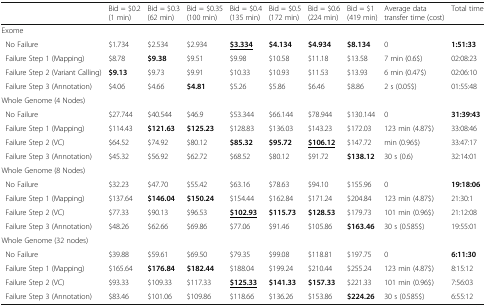
<table><thead><tr><td></td><td><b>Bid = $0.2 (1 min)</b></td><td><b>Bid = $0.3 (62 min)</b></td><td><b>Bid = $0.35 (100 min)</b></td><td><b>Bid = $0.4 (135 min)</b></td><td><b>Bid = $0.5 (172 min)</b></td><td><b>Bid = $0.6 (224 min)</b></td><td><b>Bid = $1 (419 min)</b></td><td><b>Average data transfer time (cost)</b></td><td><b>Total time</b></td></tr></thead><tbody><tr><td colspan="10">Exome</td></tr><tr><td> No Failure</td><td>$1.734</td><td>$2.534</td><td>$2.934</td><td><b><underline>$3.334</underline></b></td><td><b>$4.134</b></td><td><b>$4.934</b></td><td><b>$8.134</b></td><td>0</td><td><b>1:51:33</b></td></tr><tr><td> Failure Step 1 (Mapping)</td><td>$8.78</td><td><b>$9.38</b></td><td>$9.51</td><td>$9.98</td><td>$10.58</td><td>$11.18</td><td>$13.58</td><td>7 min (0.6$)</td><td>02:08:23</td></tr><tr><td> Failure Step 2 (Variant Calling)</td><td><b>$9.13</b></td><td>$9.73</td><td>$9.91</td><td>$10.33</td><td>$10.93</td><td>$11.53</td><td>$13.93</td><td>6 min (0.47$)</td><td>02:06:10</td></tr><tr><td> Failure Step 3 (Annotation)</td><td>$4.06</td><td>$4.66</td><td><b>$4.81</b></td><td>$5.26</td><td>$5.86</td><td>$6.46</td><td>$8.86</td><td>2 s (0.05$)</td><td>01:55:48</td></tr><tr><td colspan="10">Whole Genome (4 Nodes)</td></tr><tr><td> No Failure</td><td>$27.744</td><td>$40.544</td><td>$46.9</td><td>$53.344</td><td>$66.144</td><td>$78.944</td><td>$130.144</td><td>0</td><td><b>31:39:43</b></td></tr><tr><td> Failure Step 1 (Mapping)</td><td>$114.43</td><td><b>$121.63</b></td><td><b>$125.23</b></td><td>$128.83</td><td>$136.03</td><td>$143.23</td><td>$172.03</td><td>123 min (4.87$)</td><td>33:08:46</td></tr><tr><td> Failure Step 2 (VC)</td><td>$64.52</td><td>$74.92</td><td>$80.12</td><td><b>$85.32</b></td><td><b>$95.72</b></td><td><b><underline>$106.12</underline></b></td><td>$147.72</td><td>min (0.96$)</td><td>33:47:17</td></tr><tr><td> Failure Step 3 (Annotation)</td><td>$45.32</td><td>$56.92</td><td>$62.72</td><td>$68.52</td><td>$80.12</td><td>$91.72</td><td><b>$138.12</b></td><td>30 s (0.6)</td><td>32:14:01</td></tr><tr><td colspan="10">Whole Genome (8 Nodes)</td></tr><tr><td> No Failure</td><td>$32.23</td><td>$47.70</td><td>$55.42</td><td>$63.16</td><td>$78.63</td><td>$94.10</td><td>$155.96</td><td>0</td><td><b>19:18:06</b></td></tr><tr><td> Failure Step 1 (Mapping)</td><td>$137.64</td><td><b>$146.04</b></td><td><b>$150.24</b></td><td>$154.44</td><td>$162.84</td><td>$171.24</td><td>$204.84</td><td>123 min (4.87$)</td><td>21:30:1</td></tr><tr><td> Failure Step 2 (VC)</td><td>$77.33</td><td>$90.13</td><td>$96.53</td><td><b><underline>$102.93</underline></b></td><td><b>$115.73</b></td><td><b>$128.53</b></td><td>$179.73</td><td>101 min (0.96$)</td><td>21:12:08</td></tr><tr><td> Failure Step 3 (Annotation)</td><td>$48.26</td><td>$62.66</td><td>$69.86</td><td>$77.06</td><td>$91.46</td><td>$105.86</td><td><b>$163.46</b></td><td>30 s (0.585$)</td><td>19:55:01</td></tr><tr><td colspan="10">Whole Genome (32 nodes)</td></tr><tr><td> No Failure</td><td>$39.88</td><td>$59.61</td><td>$69.50</td><td>$79.35</td><td>$99.08</td><td>$118.81</td><td>$197.75</td><td>0</td><td><b>6:11:30</b></td></tr><tr><td> Failure Step 1 (Mapping)</td><td>$165.64</td><td><b>$176.84</b></td><td><b>$182.44</b></td><td>$188.04</td><td>$199.24</td><td>$210.44</td><td>$255.24</td><td>123 min (4.87$)</td><td>8:15:12</td></tr><tr><td> Failure Step 2 (VC)</td><td>$93.33</td><td>$109.33</td><td>$117.33</td><td><b><underline>$125.33</underline></b></td><td><b>$141.33</b></td><td><b>$157.33</b></td><td>$221.33</td><td>101 min (0.96$)</td><td>7:56:03</td></tr><tr><td> Failure Step 3 (Annotation)</td><td>$83.46</td><td>$101.06</td><td>$109.86</td><td>$118.66</td><td>$136.26</td><td>$153.86</td><td><b>$224.26</b></td><td>30 s (0.585$)</td><td>6:55:12</td></tr></tbody></table>